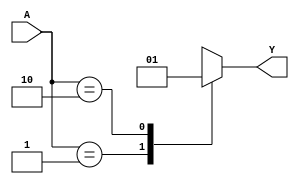
module enc_2to1(A, Y);
input [1:0] A;
output reg Y;

always @(A) begin
	casex(A)
		2'b01 : Y = 0;
		2'b10 : Y = 1;
		default : Y = 2'bx;
	endcase
end
endmodule